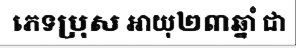
ភេទប្រុស អាយុ២៣ឆ្នាំ ជា